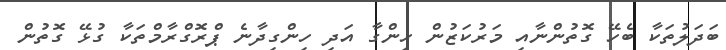
ބަދަލުތަކާ ބެހޭ ގޮތުންނާއި މަރުކަޒުން ހިންގާ އަދި ހިންގިދާނެ ޕްރޮގްރާމްތަކާ ގުޅޭ ގޮތުން